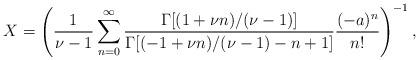
LaTeX: \begin{align*}X=\left(\frac{1}{\nu-1}\sum^{\infty}_{n=0}\frac{\Gamma[(1+\nu n)/(\nu-1)]}{\Gamma[(-1+\nu n)/(\nu-1)-n+1]}\frac{(-a)^n}{n!}\right)^{-1},\end{align*}